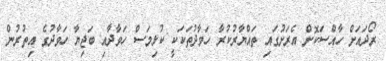
ރޯދައަށް ހާއްސަކޮށް އެރަށުގައި ތައްޔާރުކުރާ ހަވާދުތަކަކީ ކުޅިމަސް ހަވާދާއި ބަޖިޔާ ހަވާދުގެ އިތުރުން